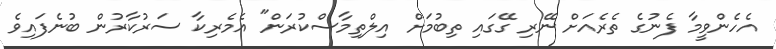
އެހެންވީމާ ފެނުގެ ތެރެއަށް ނޭރި ގޭގައި ތިބުމަށް އިލްތިމާސްކުރަން" އެމެރިކާ ސަރުކާރުން ބުނެފައިވެ